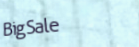
BigSale